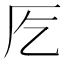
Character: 𭆀